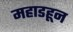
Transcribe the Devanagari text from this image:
महाडहून